Annual report of the Punjab Veterinary College and of the Civil Veterinary Department, Punjab - 1909-1919
Year: 1909
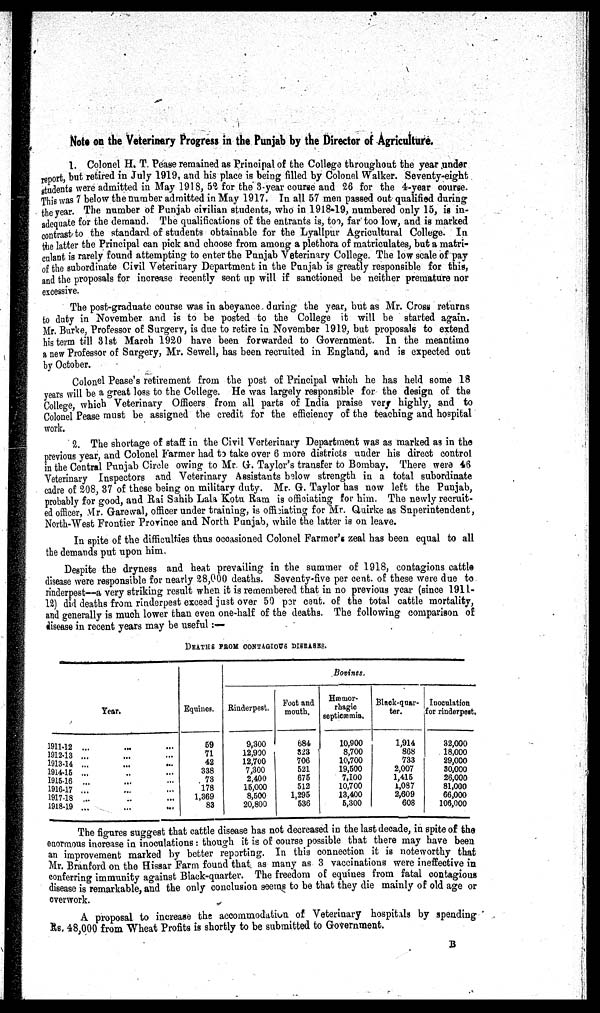
Note on the Veterinary Progress in the Punjab by the Director of Agriculture.
1. Colonel H. T. Pease remained as Principal of the College throughout the year under
report, but retired in July 1919, and his place is being filled by Colonel Walker. Seventy-eight
students were admitted in May 1918, 52 for the 3-year course and 26 for the 4-year course.
This was 7 below the number admitted in May 1917. In all 57 men passed out qualified during
the year. The number of Punjab civilian students, who in 1918-19, numbered only 15, is in-
adequate for the demand. The qualifications of the entrants is, too, far too low, and is marked
contrast to the standard of students obtainable for the Lyallpur Agricultural College. In
the latter the Principal can pick and choose from among a plethora of matriculates, but a matri-
culant is rarely found attempting to enter the Punjab Veterinary College. The low scale of pay
of the subordinate Civil Veterinary Department in the Punjab is greatly responsible for this,
and the proposals for increase recently sent up will if sanctioned be neither premature nor
excessive.
The post-graduate course was in abeyance during the year, but as Mr. Cross returns
to duty in November and is to be posted to the College it will be started again.
Mr. Burke, Professor of Surgery, is due to retire in November 1919, but proposals to extend
his term till 31st March 1920 have been forwarded to Government. In the meantime
a new Professor of Surgery, Mr. Sewell, has been recruited in England, and is expected out
by October.
Colonel Pease's retirement from the post of Principal which he has held some 18
years will be a great loss to the College. He was largely responsible for the design of the
College, which Veterinary Officers from all parts of India praise very highly, and to
Colonel Pease must be assigned the credit for the efficiency of the teaching and hospital
work.
2. The shortage of staff in the Civil Verterinary Department was as marked as in the
previous year, and Colonel Farmer had to take over 6 more districts under his direct control
in the Central Punjab Circle owing to Mr. G. Taylor's transfer to Bombay. There were 46
Veterinary Inspectors and Veterinary Assistants below strength in a total subordinate
cadre of 208, 37 of these being on military duty. Mr. G. Taylor has now left the Punjab,
probably for good, and Rai Sahib Lala Kotu Ram is officiating for him. The newly recruit-
ed officer, Mr. Garewal, officer under training, is officiating for Mr. Quirke as Superintendent,
North-West Frontier Province and North Punjab, while the latter is on leave.
In spite of the difficulties thus occasioned Colonel Farmer's zeal has been equal to all
the demands put upon him.
Despite the dryness and heat prevailing in the summer of 1918, contagions cattle
disease were responsible for nearly 28,000 deaths. Seventy-five per cent. of these were due to
rinderpest—a very striking result when it is remembered that in no previous year (since 1911-
12) did deaths from rinderpest exceed just over 50 per cent. of the total cattle mortality,
and generally is much lower than even one-half of the deaths. The following comparison of
disease in recent years may be useful :—
DEATHS FROM CONTAGIOUS DISEASES.
Year.
1911-12 ... ... ...
1912-13 ... ... ...
1913-14 ... ... ...
1914-16 ... ... ...
1915-16 ... ... ...
1916-17 ... ... ...
1917-18 ... .. ...
1918-19 ... ... ...
Equines.
59
71
42
338
73
178
1,369
83
Bovines.
Rinderpest.
9,300
12,990
12,700
7,300
2,400
15,000
8,500
20,800
Foot and
mouth.
684
323
706
521
675
512
1,295
536
Hæmor-
rhagie
septicæmia.
10,900
8,700
10,700
19,500
7,100
10,700
13,400
5,300
Black-quar-
ter.
1,914
868
733
2,007
1,415
1,087
2,609
608
Inoculation
for rinderpest.
32,000
18,000
29,000
30,000
26,000
81,000
66,000
106,000
The figures suggest that cattle disease has not decreased in the last decade, in spite of the
enormous increase in inoculations: though it is of course possible that there may have been
an improvement marked by better reporting. In this connection it is noteworthy that
Mr. Branford on the Hissar Farm found that as many as 3 vaccinations were ineffective in
conferring immunity against Black-quarter. The freedom of equines from fatal contagious
disease is remarkable, and the only conclusion seems to be that they die mainly of old age or
overwork.
A proposal to increase the accommodation of Veterinary hospitals by spending
Rs. 48,000 from Wheat Profits is shortly to be submitted to Government.
B